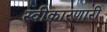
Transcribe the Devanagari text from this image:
स्वीकारणारी